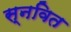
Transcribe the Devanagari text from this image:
स्नवित